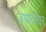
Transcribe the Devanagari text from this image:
जयादातर